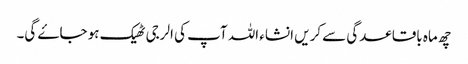
چھ ماہ باقاعدگی سے کریں انشاء اللہ آپ کی الرجی ٹھیک ہو جاۓ گی۔